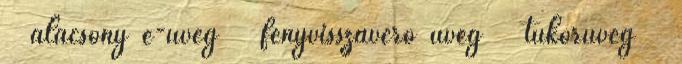
alacsony e-üveg fényvisszaverő üveg tükörüveg